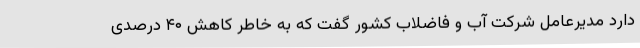
دارد مدیرعامل شرکت آب و فاضلاب کشور گفت که به خاطر کاهش ۴۰ درصدی